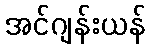
အင်ဂျန်းယန်